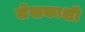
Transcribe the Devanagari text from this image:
लेखकाशी